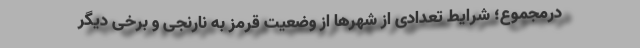
درمجموع؛ شرایط تعدادی از شهرها از وضعیت قرمز به نارنجی و برخی دیگر